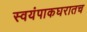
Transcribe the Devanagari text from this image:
स्वयंपाकघरातच